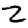
Digit: 2